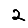
Digit: 2